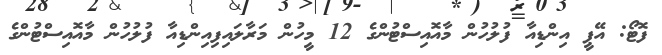
ފޮޓޯ: އޭޕީ އިންޑިއާ ފުލުހުން މާއޮއިސްޓުންގެ 12 މީހުން މަރާލައިފިއިންޑިއާ ފުލުހުން މާއޮއިސްޓުންގެ